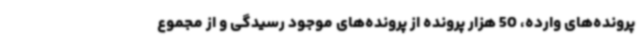
پرونده‌های وارده، 50 هزار پرونده از پرونده‌های موجود رسیدگی و از مجموع